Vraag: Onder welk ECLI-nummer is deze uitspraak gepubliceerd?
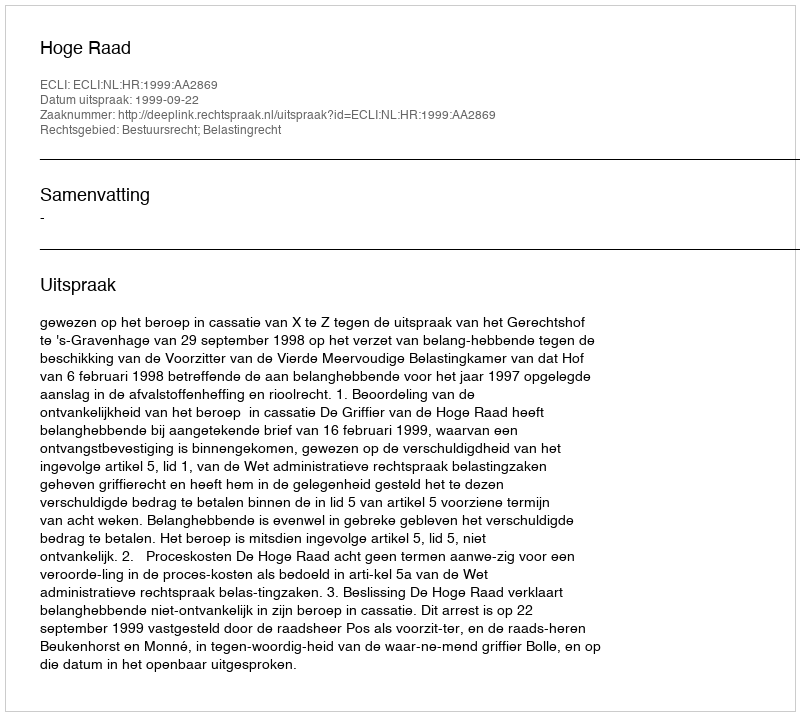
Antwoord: ECLI:NL:HR:1999:AA2869